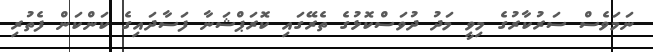
ނަމަވެސް ސަރުކާރުގެ މިވީ މަދު ދުވަސްކޮޅުގެ ތެރޭގައި ކޮރަޕްޝަނާ ފަސާދައިގެ ކަންކަން ފެތުރި